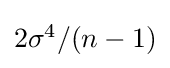
{\textstyle 2\sigma ^{4}/(n-1)}